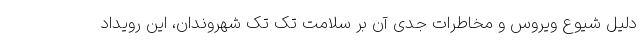
دلیل شیوع ویروس و مخاطرات جدی آن بر سلامت تک تک شهروندان، این رویداد